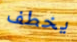
يخطف